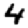
Digit: 4